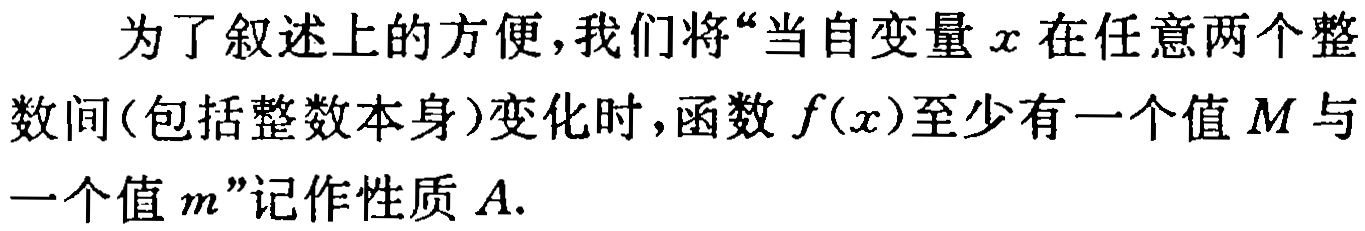
为了叙述上的方便，我们将“当自变量\(x\)在任意两个整数间(包括整数本身)变化时，函数\(f(x)\)至少有一个值\(M\)与一个值\(m\)”记作性质\(A\).